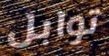
توابل